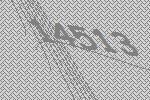
14513